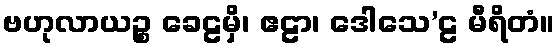
ဗဟုလာယဉ္စ ခေဠမှိ၊ ဧဠာ၊ ဒေါသေ’ဠ မီရိတံ။